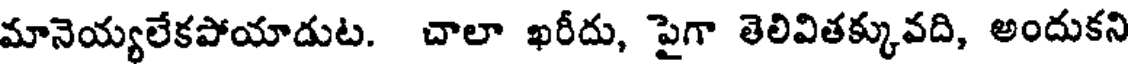
మానెయ్యలేకపోయాడుట. చాలా ఖరీదు, పైగా తెలివితక్కువది, అందుకని